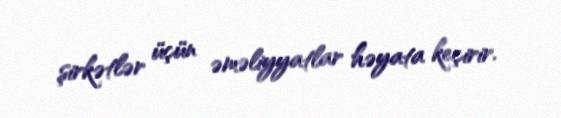
şirkətlər üçün əməliyyatlar həyata keçirir.